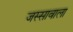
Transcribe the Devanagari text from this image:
जस्‍सावाला